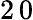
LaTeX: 2\, 0